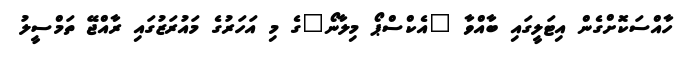
ހާއްސަކޮށްގެން އިޓަލީގައި ބާއްވާ "އެކްސްޕޯ މިލާނޯ"ގެ މި އަހަރުގެ މައުރަޒުގައި ރާއްޖޭ ތަމްސީލު